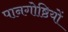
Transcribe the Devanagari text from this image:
पानगोष्ठियों